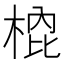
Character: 𭪣